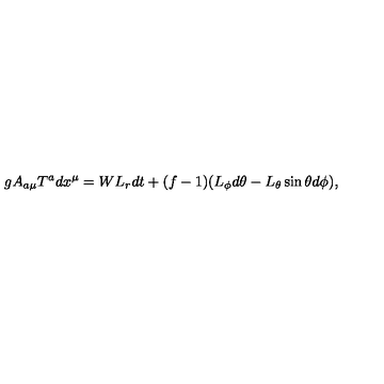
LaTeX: g A _ { a \mu } T ^ { a } d x ^ { \mu } = W L _ { r } d t + ( f - 1 ) ( L _ { \phi } d \theta - L _ { \theta } \sin \theta d \phi ) ,